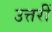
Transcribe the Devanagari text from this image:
उत्तरीं